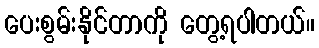
ပေးစွမ်းနိုင်တာကို တွေ့ရပါတယ်။